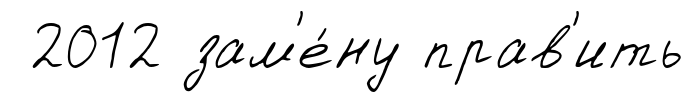
2012 зам'е́ну прав'ить